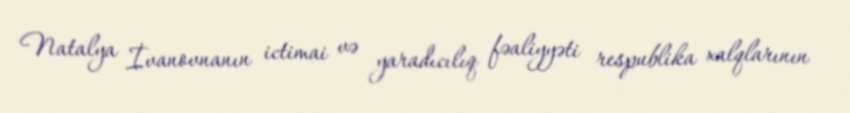
Natalya İvanovnanın ictimai və yaradıcılıq fəaliyyəti respublika xalqlarının